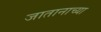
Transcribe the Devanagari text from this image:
जातानाच्या